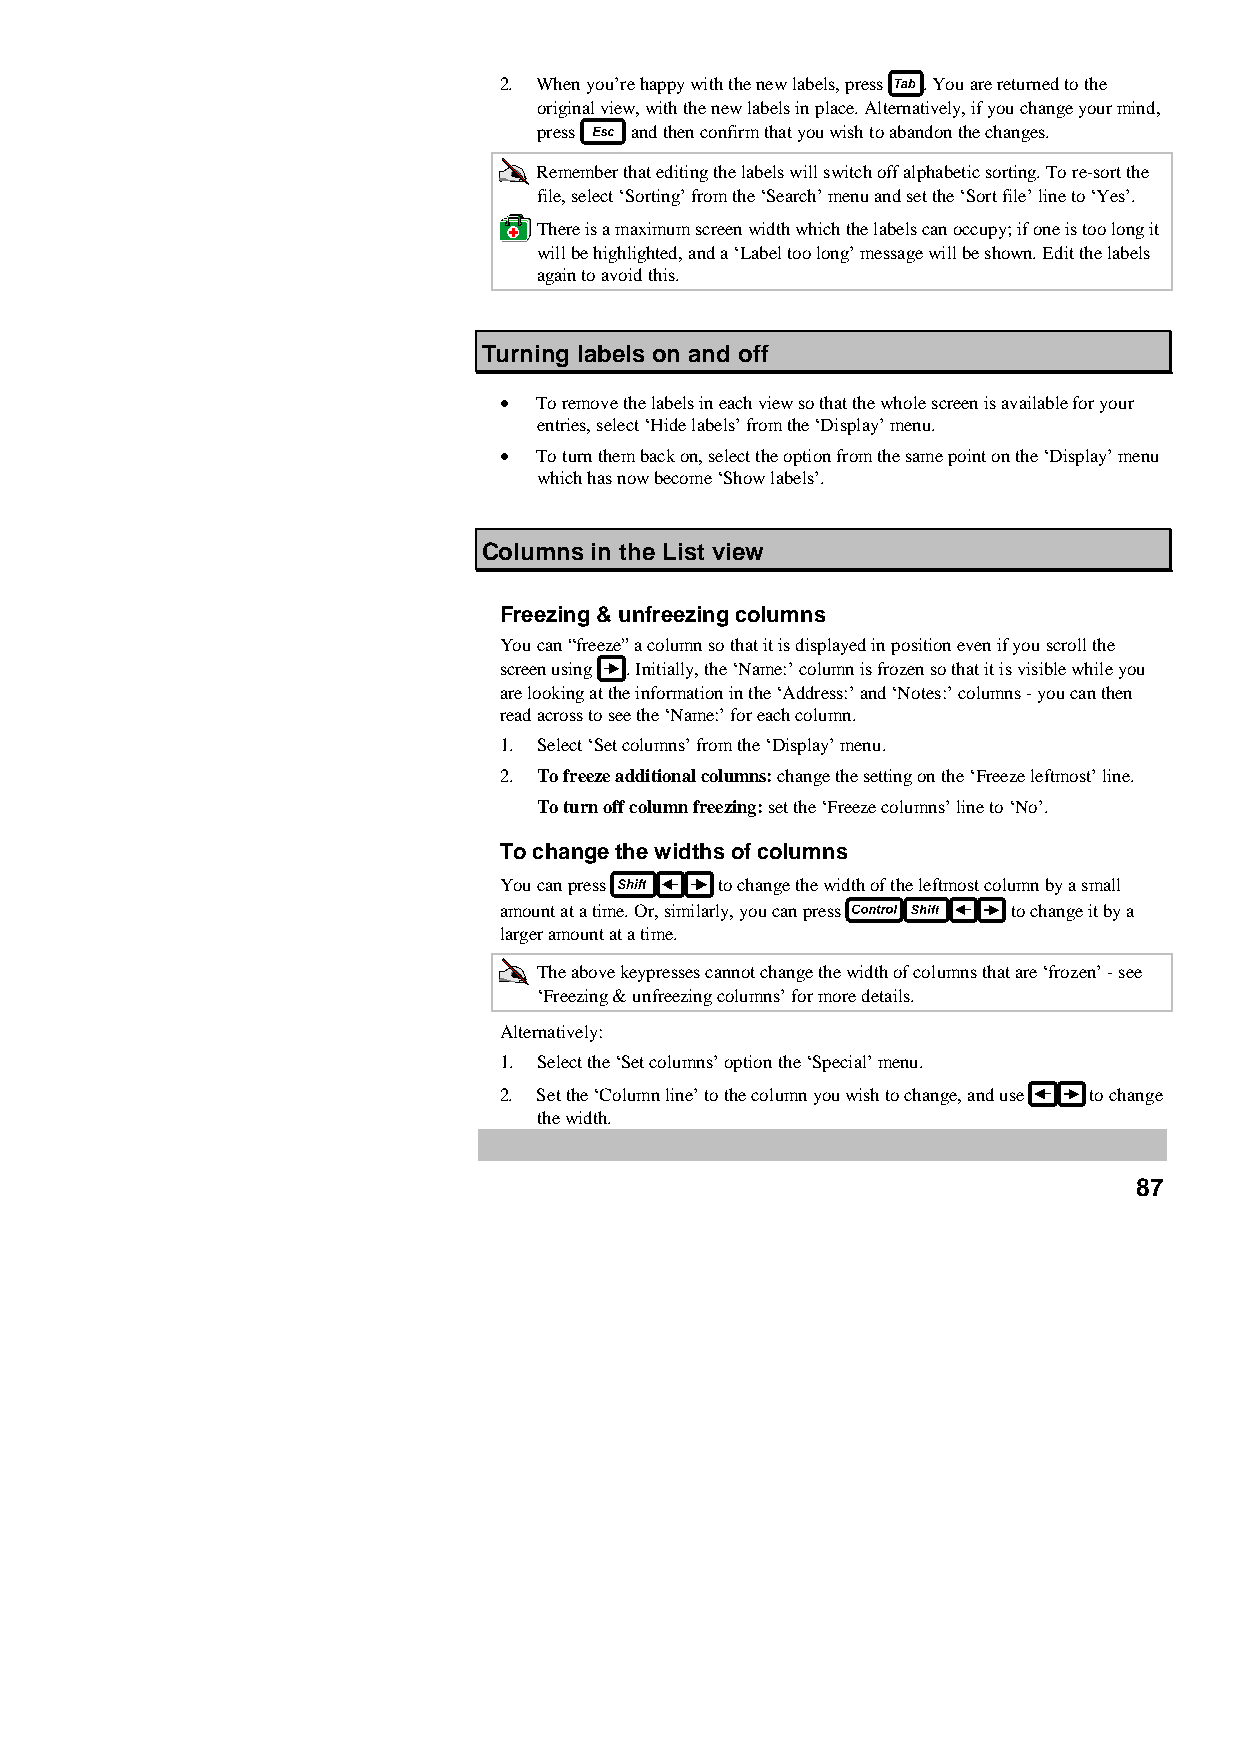
2. When you’re happy with the new labels, press . You are returned to the
 original view, with the new labels in place. Alternatively, if you change your mind,
 press and then confirm that you wish to abandon the changes.
 Remember that editing the labels will switch off alphabetic sorting. To re-sort the
 file, select ‘Sorting’ from the ‘Search’ menu and set the ‘Sort file’ line to ‘Yes’.
 There is a maximum screen width which the labels can occupy; if one is too long it
 will be highlighted, and a ‘Label too long’ message will be shown. Edit the labels
 again to avoid this.
 Turning labels on and off
 •  To remove the labels in each view so that the whole screen is available for your
 entries, select ‘Hide labels’ from the ‘Display’ menu.
 •  To turn them back on, select the option from the same point on the ‘Display’ menu
 which has now become ‘Show labels’.
 Columns in the List view
 Freezing & unfreezing columns
 You can “freeze” a column so that it is displayed in position even if you scroll the
 screen using . Initially, the ‘Name:’ column is frozen so that it is visible while you
 are looking at the information in the ‘Address:’ and ‘Notes:’ columns - you can then
 read across to see the ‘Name:’ for each column.
 1. Select ‘Set columns’ from the ‘Display’ menu.
 2. To freeze additional columns: change the setting on the ‘Freeze leftmost’ line.
 To turn off column freezing: set the ‘Freeze columns’ line to ‘No’.
 To change the widths of columns
 You can press  to change the width of the leftmost column by a small
 amount at a time. Or, similarly, you can press to change it by a
 larger amount at a time.
 The above keypresses cannot change the width of columns that are ‘frozen’ - see
 ‘Freezing & unfreezing columns’ for more details.
 Alternatively:
 1. Select the ‘Set columns’ option the ‘Special’ menu.
 2. Set the ‘Column line’ to the column you wish to change, and use to change
 the width.
 87